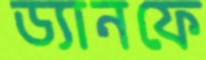
ড্যানফে